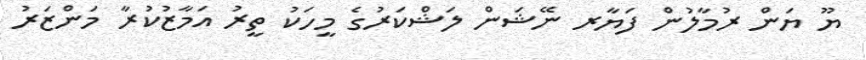
ޔޫ ޔަން ރުމާލުން ފަޔާރ ނޭޝަން ލަޝްކަރުގެ މީހަކު ތީރު އަމާޒުކުރާ މަންޒަރު